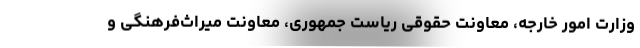
وزارت امور خارجه، معاونت حقوقی ریاست جمهوری، معاونت میراث‌فرهنگی و